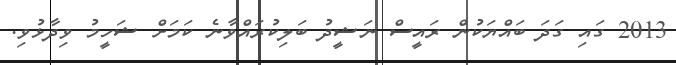
2013 ގައި ގަދަ ބައްޔަކުން ރައީސް ނަޝީދު ބަލިކުރައްވާނެ ކަމަށް ޝަހީމު ވިދާޅުވި.